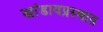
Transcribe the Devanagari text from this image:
खांडावप्रस्थात